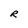
Character: R